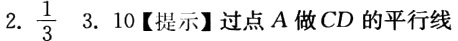
2. $\frac{1}{3}$  3. 10【提示】过点 \(A\) 做 \(CD\) 的平行线